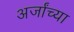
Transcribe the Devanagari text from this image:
अर्जांच्या